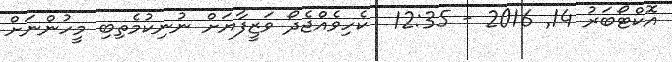
އޮކްޓޯބަރު 14